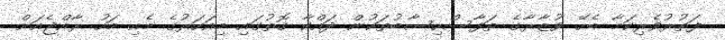
ފަތުރުވެރިިކަމާ ބެހޭ ވުޒާރާގެ ތަފާސްހިސާބުތަކުން ދައްކާ ގޮތުގައި މިއަހަރުގެ މެއި މަހު ރާއްޖެއަށް